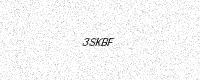
Text: 3SKBF